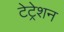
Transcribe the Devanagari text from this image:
टेट्रेशन